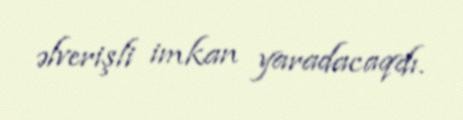
əlverişli imkan yaradacaqdı.